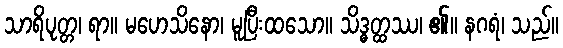
သာရိပုတ္တ၊ ရာ။ မဟေသိနော၊ မူပြီးထသော။ သိဒ္ဓတ္ထဿ၊ ၏။ နဂရံ၊ သည်။